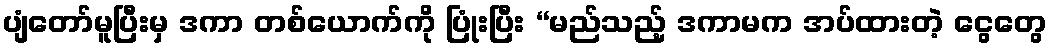
ပျံတော်မူပြီးမှ ဒကာ တစ်ယောက်ကို ပြုံးပြီး “မည်သည့် ဒကာမက အပ်ထားတဲ့ ငွေတွေ